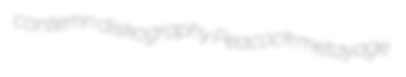
contemn diskography Peacock metayage